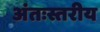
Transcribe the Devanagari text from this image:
अंतःस्तरीय